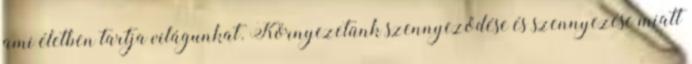
ami életben tartja világunkat. Környezetünk szennyeződése és szennyezése miatt